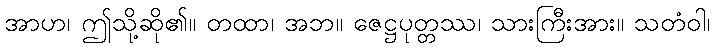
အာဟ၊ ဤသို့ဆို၏။ တထာ၊ အဘ။ ဇေဋ္ဌပုတ္တဿ၊ သားကြီးအား။ သတံဝါ၊